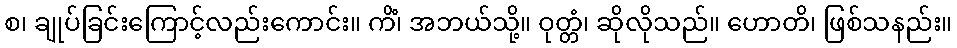
စ၊ ချုပ်ခြင်းကြောင့်လည်းကောင်း။ ကိံ၊ အဘယ်သို့။ ဝုတ္တံ၊ ဆိုလိုသည်။ ဟောတိ၊ ဖြစ်သနည်း။